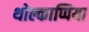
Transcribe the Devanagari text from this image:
थोल्काप्पिया